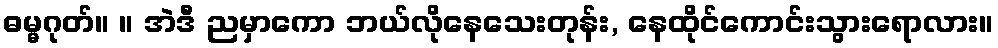
ဓမ္မဂုတ်။ ။ အဲဒီ ညမှာကော ဘယ်လိုနေသေးတုန်း, နေထိုင်ကောင်းသွားရောလား။